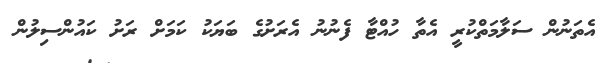
އެތަނުން ސަލާމަތްކުރީ އެތާ ހުއްޓާ ފެނުނު އެރަށުގެ ބަޔަކު ކަމަށް ރަށު ކައުންސިލުން